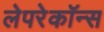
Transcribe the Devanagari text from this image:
लेपरेकॉन्स